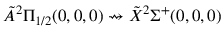
\Tilde { A } ^ { 2 } \Pi _ { 1 / 2 } ( 0 , 0 , 0 ) \rightsquigarrow \Tilde { X } ^ { 2 } \Sigma ^ { + } ( 0 , 0 , 0 )